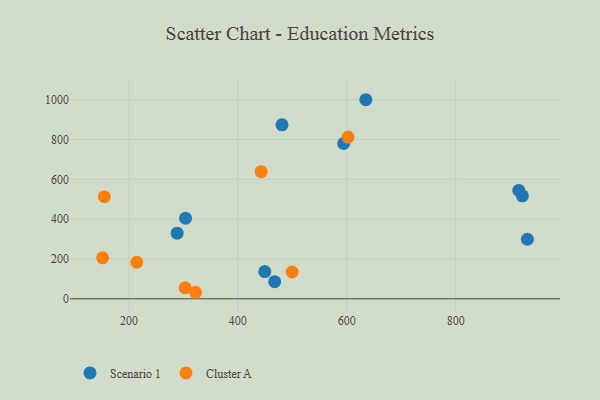
{"axis": {"x": "Ad Spend", "y": "Yield"}, "legend": ["Cluster A", "Scenario 1"], "data": [{"x": "304.0", "y": 404.5, "type": "Scenario 1"}, {"x": "467.7", "y": 86.2, "type": "Scenario 1"}, {"x": "915.7", "y": 544.0, "type": "Scenario 1"}, {"x": "594.2", "y": 779.8, "type": "Scenario 1"}, {"x": "449.5", "y": 136.8, "type": "Scenario 1"}, {"x": "931.5", "y": 299.1, "type": "Scenario 1"}, {"x": "922.3", "y": 517.2, "type": "Scenario 1"}, {"x": "635.0", "y": 999.7, "type": "Scenario 1"}, {"x": "288.6", "y": 329.6, "type": "Scenario 1"}, {"x": "481.1", "y": 873.5, "type": "Scenario 1"}, {"x": "214.6", "y": 183.5, "type": "Cluster A"}, {"x": "322.3", "y": 32.8, "type": "Cluster A"}, {"x": "151.8", "y": 205.6, "type": "Cluster A"}, {"x": "154.8", "y": 512.8, "type": "Cluster A"}, {"x": "602.2", "y": 811.9, "type": "Cluster A"}, {"x": "303.3", "y": 55.2, "type": "Cluster A"}, {"x": "442.9", "y": 638.3, "type": "Cluster A"}, {"x": "499.7", "y": 134.6, "type": "Cluster A"}]}